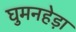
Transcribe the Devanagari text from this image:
घुमनहेड़ा